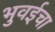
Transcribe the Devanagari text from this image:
भुवईचा